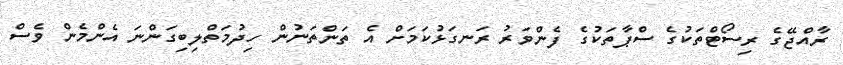
ރާއްޖޭގެ ރިސޯޓްތަކުގެ ސްޕާތަކުގެ ފެންވަރު ރަނގަޅުކަމަށް އެ ތަންތަނުން ހިދުމަތްލިބިގަންނަ އެންމެން ވެސް